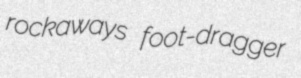
rockaways foot-dragger